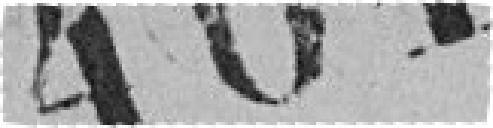
464